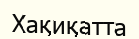
Хақиқатта